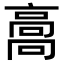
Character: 𩫌